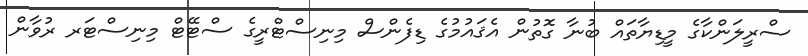
ސްރީލަންކާގެ މީޑިޔާތައް ބުނާ ގޮތުން އެޤައުމުގެ ޑިފެންސް މިނިސްޓްރީގެ ސްޓޭޓް މިނިސްޓަރ ރުވާން